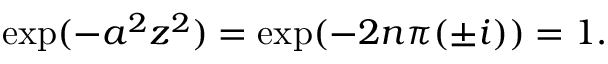
\exp ( - a ^ { 2 } z ^ { 2 } ) = \exp ( - 2 n \pi ( \pm i ) ) = 1 .